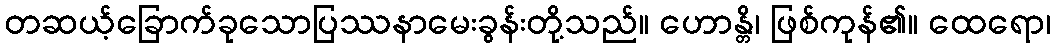
တဆယ့်ခြောက်ခုသောပြဿနာမေးခွန်းတို့သည်။ ဟောန္တိ၊ ဖြစ်ကုန်၏။ ထေရော၊